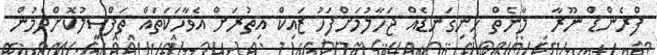
ފްރެންޑް ނޫރާ  ލާނެތް ހިނިގަނޑެއް ޖަހާލުމަށްފަހު ޒައިކް އިތުރަށް އެވާހަކަތައް ތަފްސީލުކޮށްދެމުން